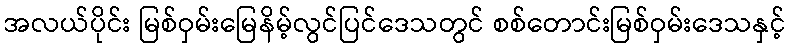
အလယ်ပိုင်း မြစ်ဝှမ်းမြေနိမ့်လွင်ပြင်ဒေသတွင် စစ်တောင်းမြစ်ဝှမ်းဒေသနှင့်